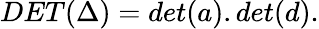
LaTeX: DET(\Delta)=det(a).det(d).